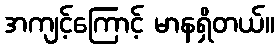
အကျင့်ကြောင့် မာနရှိတယ်။